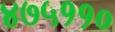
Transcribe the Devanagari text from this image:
४७५११०